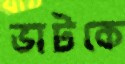
ভাটকে